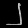
Digit: ၂